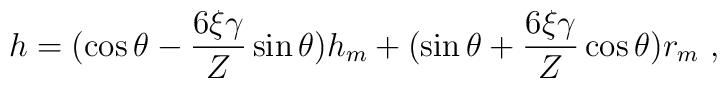
h = (\cos \theta - \frac{6 \xi \gamma}{Z} \sin \theta ) h_m + (\sin \theta + \frac{6 \xi \gamma}{Z} \cos \theta) r_m \hbox{ , }